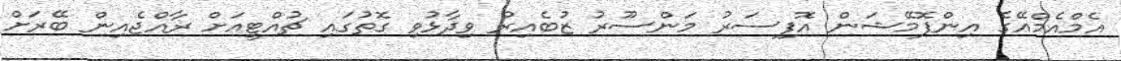
އެމްއެމްއޭގެ އިންފޮމޭޝަން އޮފިސަރު މަންސޫރު ޒުބެއިރު ވިދާޅުވި ގޮތުގައި ޗުއްޓީއަށް ރާއްޖެއިން ބޭރަށް